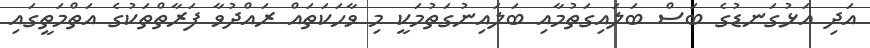
އަދި އަޅުގަނޑުގެ ބަސް ބަލައިގަތުމާއި ބަލައިނުގަތުމަކީ މި ވާހަކަތައް ރައްދުވާ ފަރާތްތަކުގެ އަތްމަތީގައި